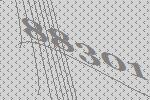
88301